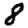
Digit: 8